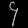
Digit: ၄